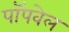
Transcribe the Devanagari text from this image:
पॉपवेल